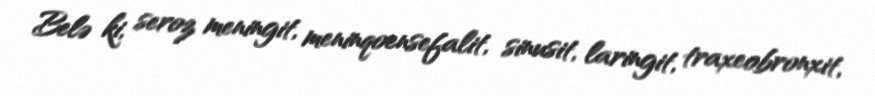
Belə ki, seroz meningit, meninqoensefalit, sinusit, laringit, traxeobronxit,